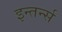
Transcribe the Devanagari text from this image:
इन्तर्न्स